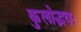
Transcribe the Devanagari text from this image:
कुलोद्भवः